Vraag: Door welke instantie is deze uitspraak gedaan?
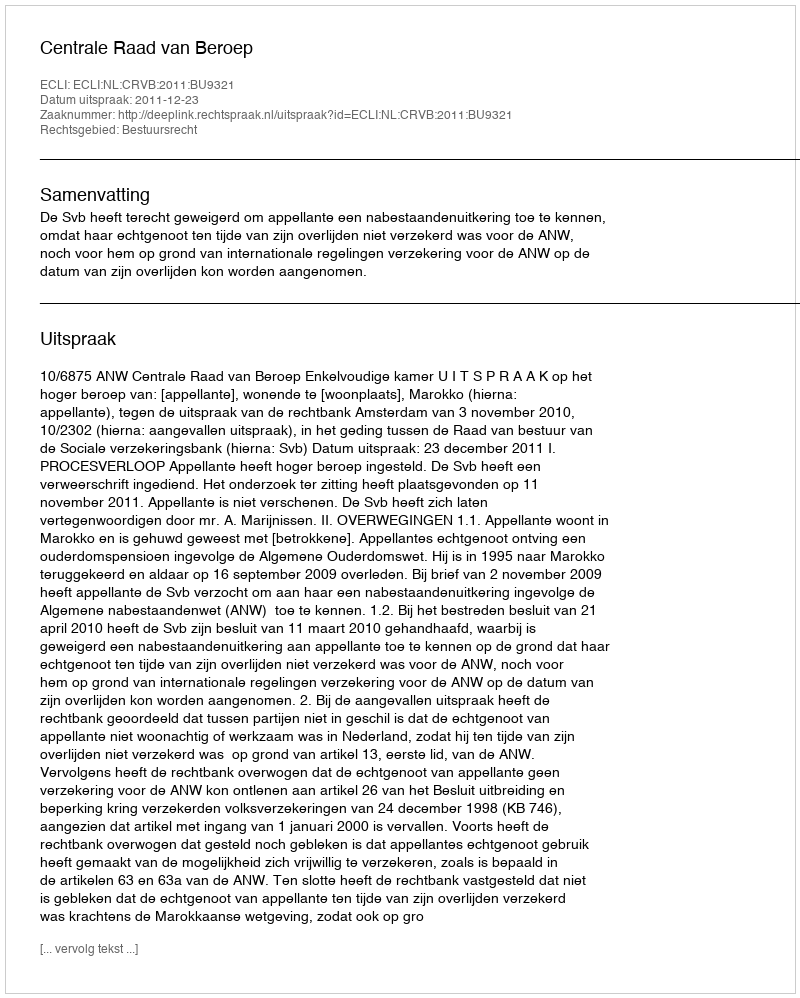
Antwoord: Centrale Raad van Beroep